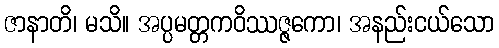
ဇာနာတိ၊ မသိ။ အပ္ပမတ္တကဝိဿဇ္ဇကော၊ အနည်းငယ်သော